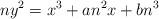
LaTeX: \begin{align*} ny^{2}=x^{3}+an^{2}x+bn^{3}\end{align*}